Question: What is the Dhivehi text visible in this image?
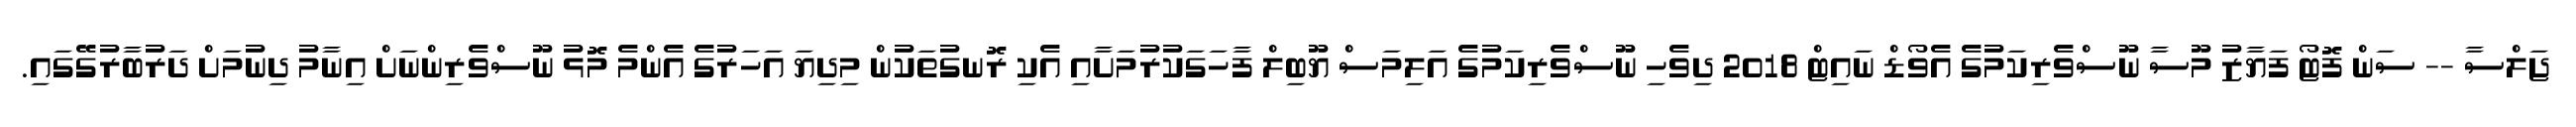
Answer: ޖަލްސާ -- ސަން ފޮޓޯ ފަޔާޒު މޫސާ ނޫސްވެރިކަމުގެ އެވޯޑް ނައިޓް 2018 ދިވެހި ނޫސްވެރިކަމުގެ އަލިމަސް ޔޫބިލް ފާހަގަކުރުމަށާއި އެކި ރޮނގުތަކުން މިދިޔަ އަހަރުގެ އެންމެ މޮޅު ނޫސްވެރިންނަށް އިނާމު ދިނުމަށް ދަރުބާރުގޭގައި.